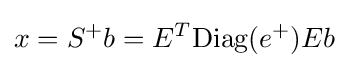
x=S^{+}b=E^{T}{\mbox{Diag}}(e^{+})Eb